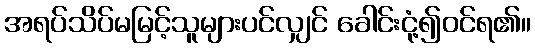
အရပ်သိပ်မမြင့်သူများပင်လျှင် ခေါင်းငုံ့၍ဝင်ရ၏။